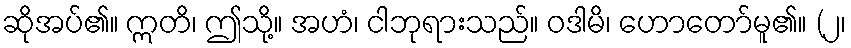
ဆိုအပ်၏။ ဣတိ၊ ဤသို့။ အဟံ၊ ငါဘုရားသည်။ ဝဒါမိ၊ ဟောတော်မူ၏။ (၂၊